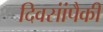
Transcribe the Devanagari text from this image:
दिवसांंपैकी